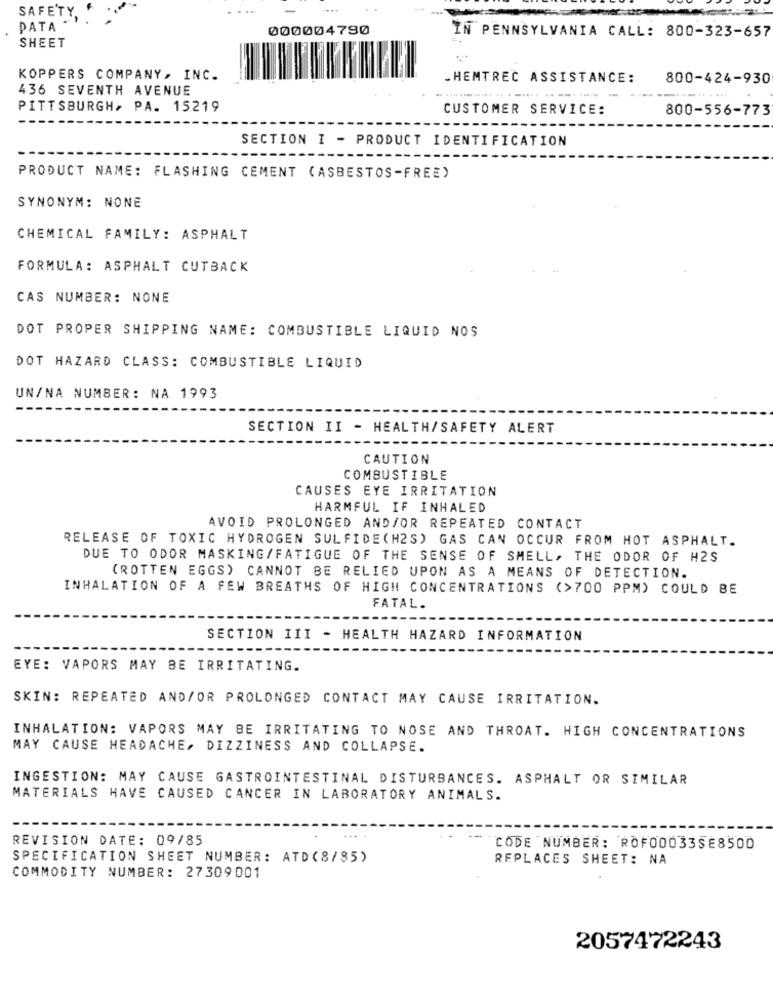
SAFETY,
PATA *
000004790
IN PENNSYLVANIA CALL: 800-323-657
SHEET
KOPPERS COMPANY, INC.
.HEMTREC ASSISTANCE:
800-424-930
436 SEVENTH AVENUE
PITTSBURGH, PA. 15219
CUSTOMER SERVICE:
800-556-773
SECTION I - PRODUCT IDENTIFICATION
PRODUCT NAME: FLASHING CEMENT (ASBESTOS-FREE)
SYNONYM: NONE
CHEMICAL FAMILY: ASPHALT
FORMULA: ASPHALT CUTBACK
CAS NUMBER: NONE
DOT PROPER SHIPPING NAME: COMBUSTIBLE LIQUID NOS
DOT HAZARD CLASS: COMBUSTIBLE LIQUID
UN/NA NUMBER: NA 1993
SECTION II - HEALTH/SAFETY ALERT
CAUTION
COMBUSTIBLE
CAUSES EYE IRRITATION
HARMFUL IF INHALED
AVOID PROLONGED AND/OR REPEATED CONTACT
RELEASE OF TOXIC HYDROGEN SULFIDE(H2S) GAS CAN OCCUR FROM HOT ASPHALT.
DUE TO ODOR MASKING/FATIGUE OF THE SENSE OF SMELL, THE ODOR OF H2S
(ROTTEN EGGS) CANNOT BE RELIED UPON AS A MEANS OF DETECTION.
INHALATION OF A FEW BREATHS OF HIGH CONCENTRATIONS (>700 PPM) COULD BE
FATAL.
SECTION III - HEALTH HAZARD INFORMATION
EYE: VAPORS MAY BE IRRITATING.
SKIN: REPEATED AND/OR PROLONGED CONTACT MAY CAUSE IRRITATION.
INHALATION: VAPORS MAY BE IRRITATING TO NOSE AND THROAT. HIGH CONCENTRATIONS
MAY CAUSE HEADACHE, DIZZINESS AND COLLAPSE.
INGESTION: MAY CAUSE GASTROINTESTINAL DISTURBANCES. ASPHALT OR SIMILAR
MATERIALS HAVE CAUSED CANCER IN LABORATORY ANIMALS.
REVISION DATE: 09/85
CODE NUMBER: ROF00033SE8500
SPECIFICATION SHEET NUMBER: ATD (8/85)
REPLACES SHEET: NA
COMMODITY NUMBER: 27309001
2057472243